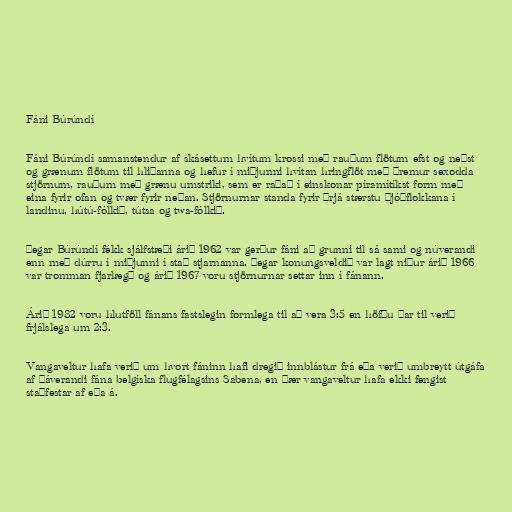
Fáni Búrúndí

Fáni Búrúndí samanstendur af skásettum hvítum krossi með rauðum flötum efst og neðst
og grænum flötum til hliðanna og hefur í miðjunni hvítan hringflöt með þremur sexodda
stjörnum, rauðum með grænu umstriki, sem er raðað í einskonar píramítíkst form með
eina fyrir ofan og tvær fyrir neðan. Stjörnurnar standa fyrir þrjá stærstu þjóðflokkana í
landinu, hútú-fólkið, tútsa og twa-fólkið.

Þegar Búrúndí fékk sjálfstæði árið 1962 var gerður fáni að grunni til sá sami og núverandi
enn með dúrru í miðjunni í stað stjarnanna. Þegar konungsveldið var lagt niður árið 1966
var tromman fjarlægð og árið 1967 voru stjörnurnar settar inn í fánann.

Árið 1982 voru hlutföll fánans fastslegin formlega til að vera 3:5 en höfðu þar til verið
frjálslega um 2:3.

Vangaveltur hafa verið um hvort fáninn hafi dregið innblástur frá eða verið umbreytt útgáfa
af þáverandi fána belgíska flugfélagsins Sabena, en þær vangaveltur hafa ekki fengist
staðfestar af eða á.